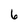
Character: 6